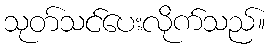
သုတ်သင်ပေးလိုက်သည်။